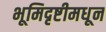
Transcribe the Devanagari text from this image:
भूमिदृष्टीमधून